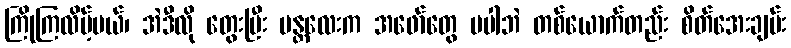
ကြိုကြလိမ့်မယ်၊ အဲဒီလို တွေးပြီး မန္တလေးက အဖော်တွေ မပါဘဲ တစ်ယောက်တည်း စိတ်အေးချမ်း